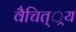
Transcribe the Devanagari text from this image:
वैचित््रय